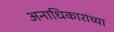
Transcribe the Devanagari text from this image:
अनाधिकारांच्या